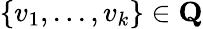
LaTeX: \{ v_{1},...,v_{k}\} \in\mathbf{Q}